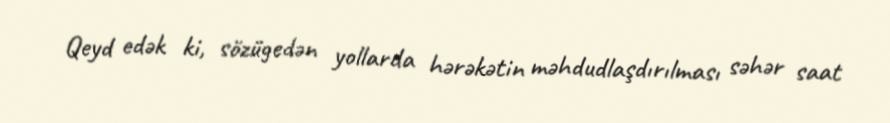
Qeyd edək ki, sözügedən yollarda hərəkətin məhdudlaşdırılması səhər saat